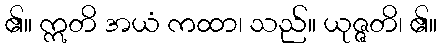
၏။ ဣတိ အယံ ကထာ၊ သည်။ ယုဇ္ဇတိ၊ ၏။